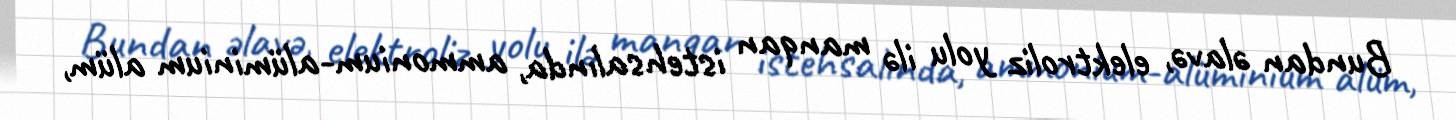
Bundan əlavə, elektroliz yolu ilə manqan istehsalında, ammonium-alüminium alüm,